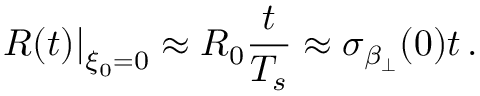
\left. R ( t ) \right| _ { \xi _ { 0 } = 0 } \approx R _ { 0 } \frac { t } { T _ { s } } \approx \sigma _ { \beta _ { \perp } } ( 0 ) t \, .